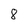
Character: 8